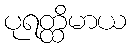
ပုရတ္ထိမာယ